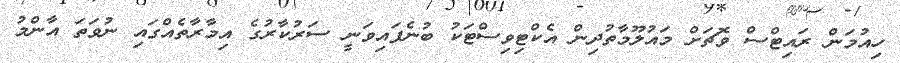
ހިއުމަން ރައިޓްސް ވޮޗަށް މައުލޫމާތުދިން އެކްޓިވިސްޓަކު ބުނެފައިވަނީ ސަރުކާރުގެ އިމާރާތެއްގައި ނުވަތަ އާންމު